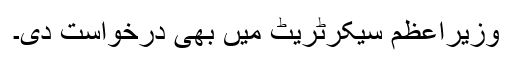
وزیراعظم سیکرٹریٹ میں بھی درخواست دی۔